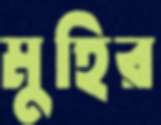
মুহির